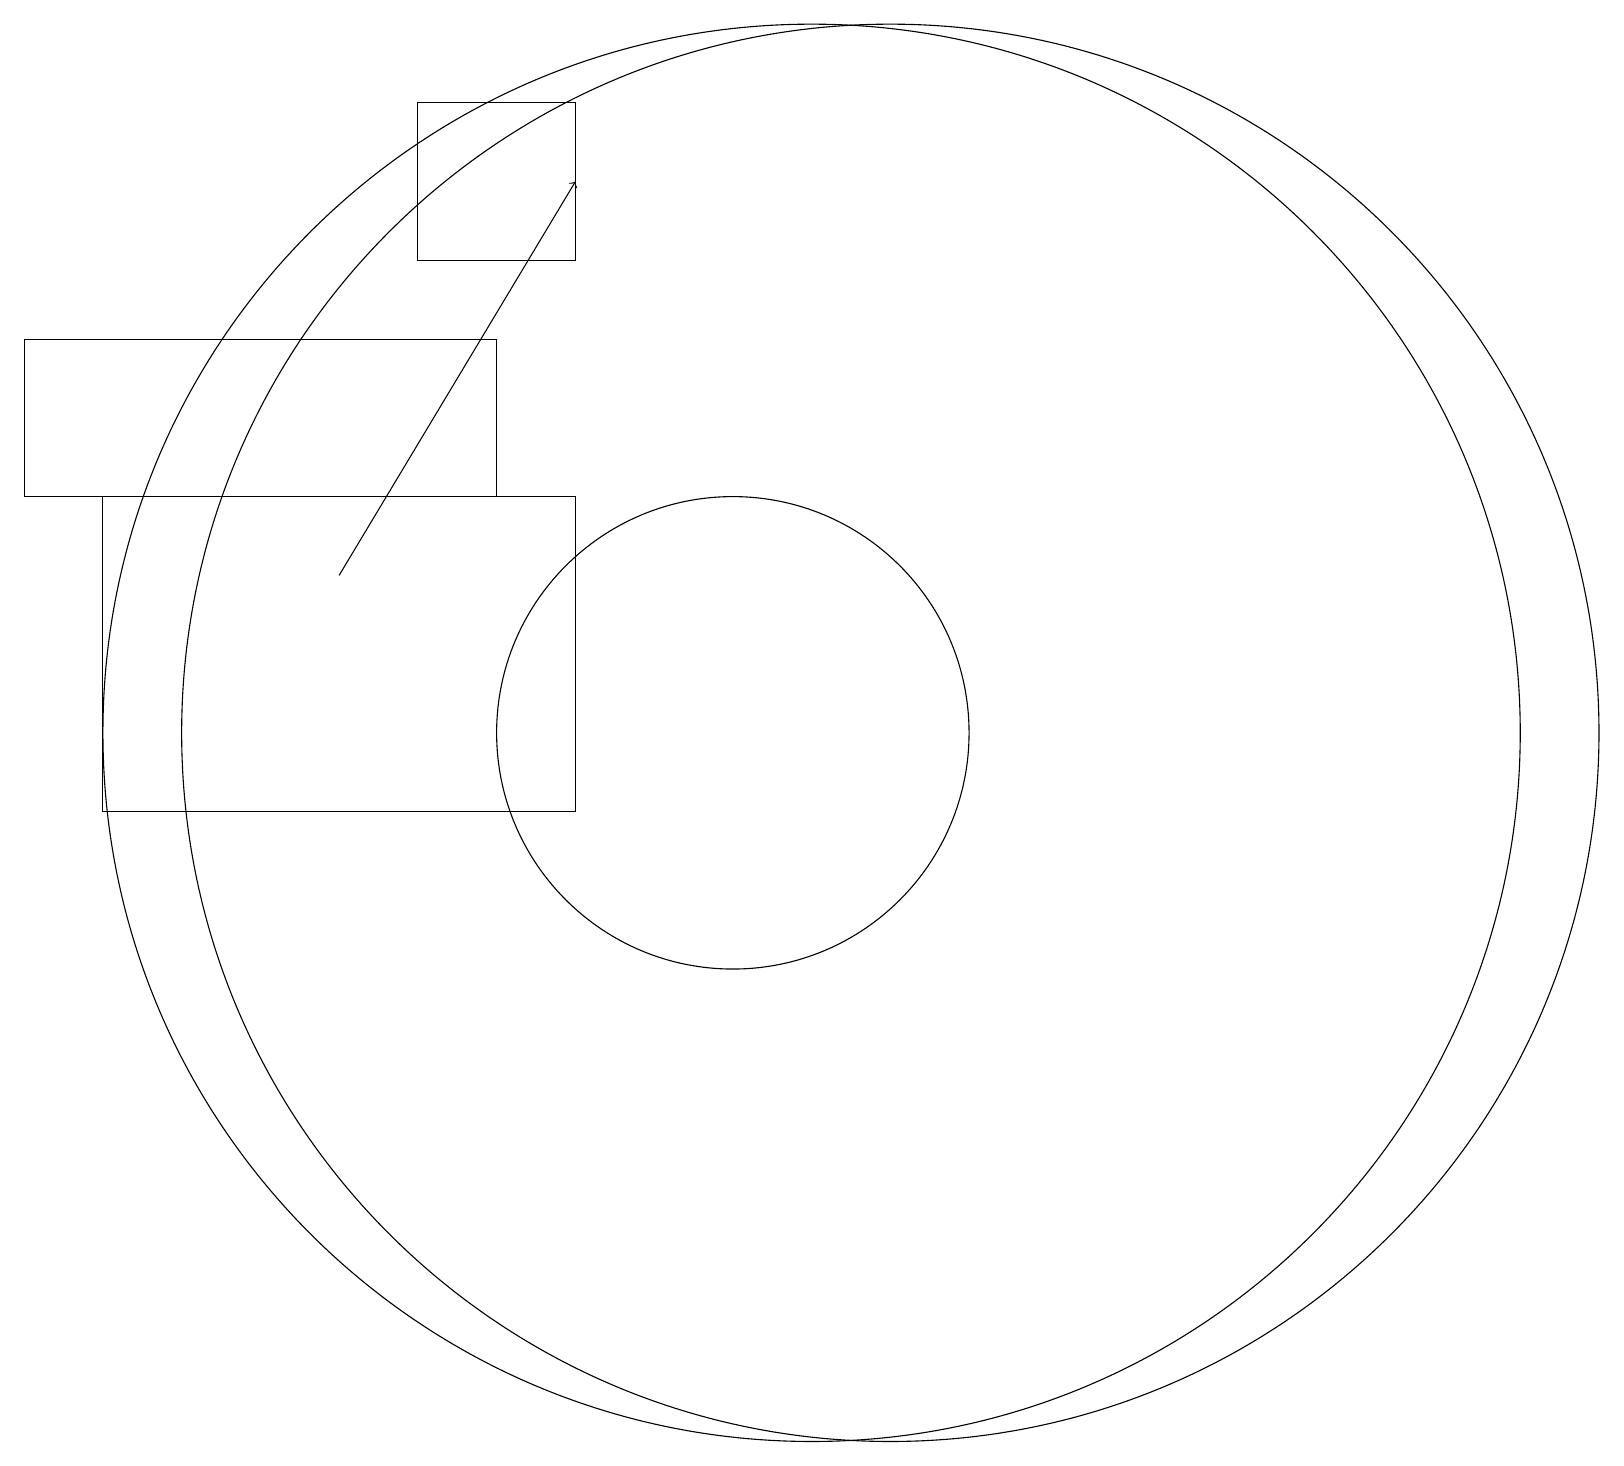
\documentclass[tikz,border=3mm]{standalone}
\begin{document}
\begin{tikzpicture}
\draw (11,11) circle (9);
\draw (10,11) circle (3);
\draw (1,14) rectangle (7,16);
\draw (8,17) rectangle (6,19);
\draw (8,14) rectangle (2,10);
\draw[->] (5,13) -- (8,18);
\draw (12,11) circle (9);
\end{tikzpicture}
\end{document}